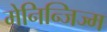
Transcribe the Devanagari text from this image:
मेनिन्जिज्म